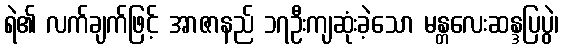
ရဲ၏ လက်ချက်ဖြင့် အာဇာနည် ၁၇ဦးကျဆုံးခဲ့သော မန္တလေးဆန္ဒပြပွဲ၊